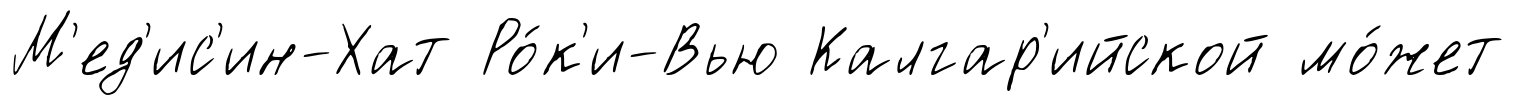
М'ед'ис'ин-Хат Ро́к'и-Вью Калгар'ийской мо́жет